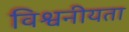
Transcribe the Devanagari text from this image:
विश्वनीयता